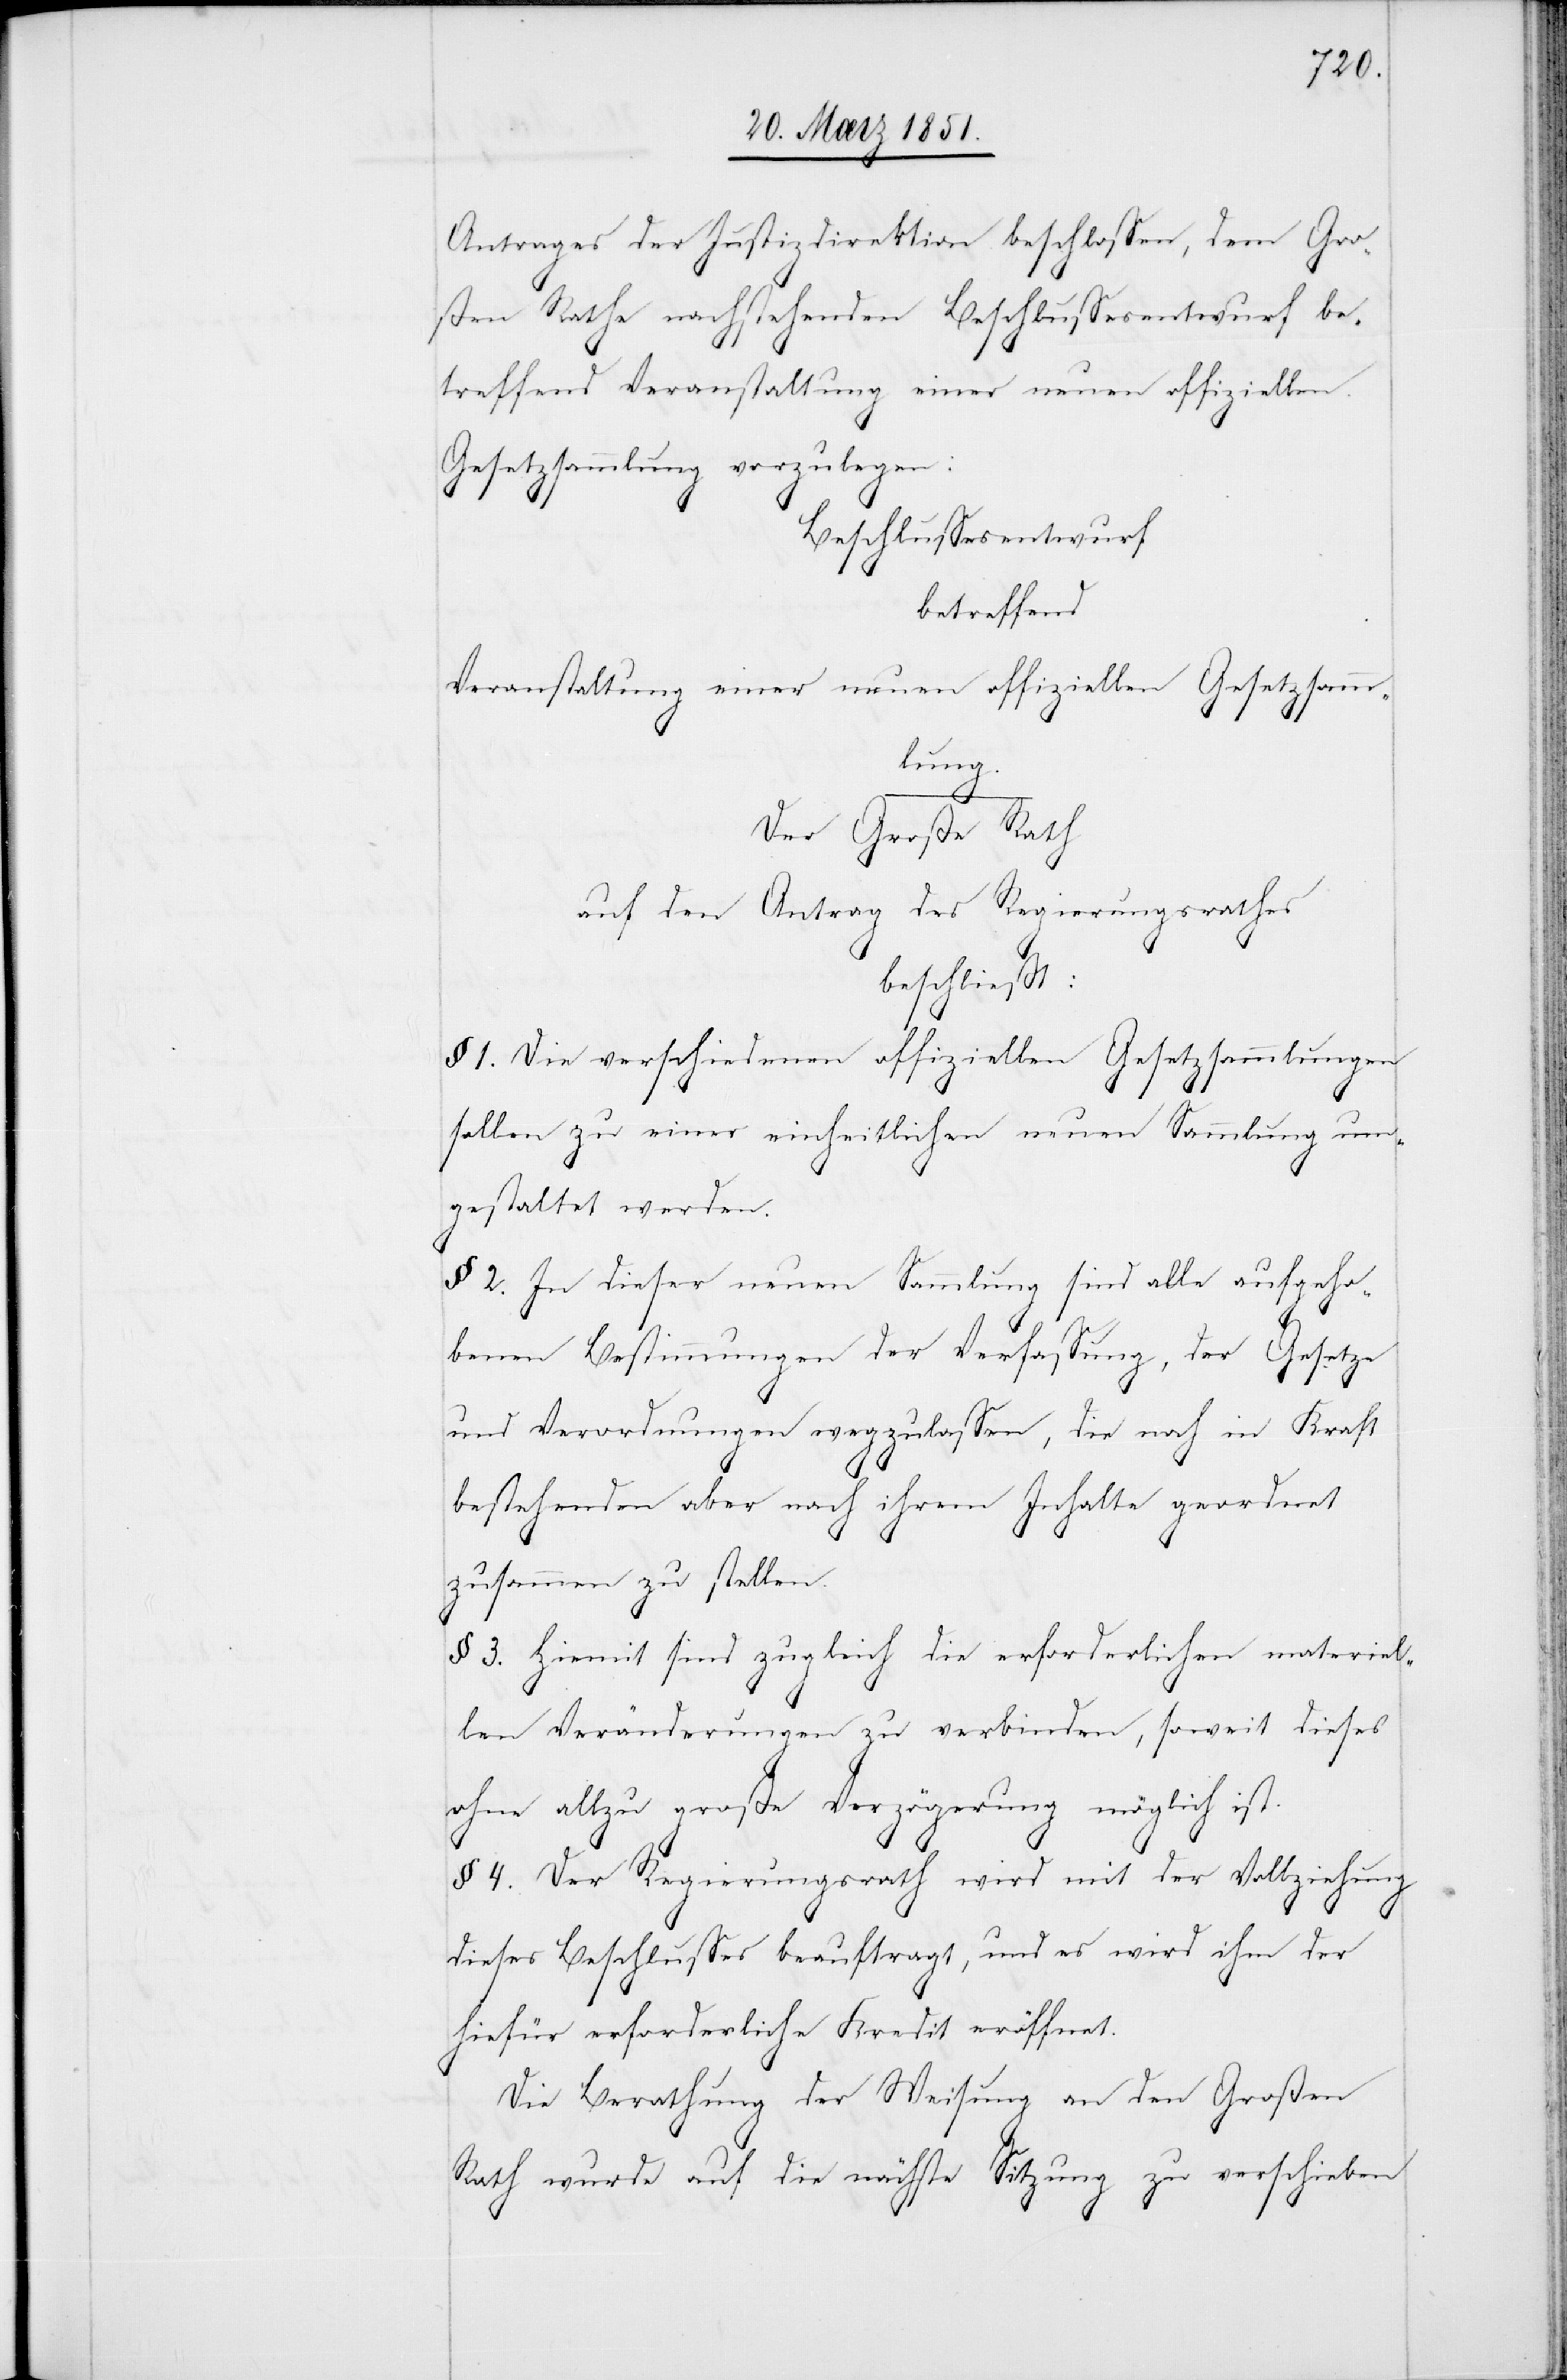
Antrages der Justizdirektion beschlossen, dem Gro¬
ßen Rathe nachstehenden Beschlussesentwurf be¬
treffend Veranstaltung einer neuen offiziellen
Gesetzsammlung vorzulegen:
Beschlussesentwurf
betreffend
Veranstaltung einer neuen offiziellen Gesetzsamm¬
lung.
Der Große Rath
auf den Antrag des Regierungsrathes
beschließt:
§ 1. Die verschiedenen offiziellen Gesetzsammlungen
sollen zu einer einheitlichen neuen Sammlung um¬
gestaltet werden.
§ 2. In dieser neuen Sammlung sind alle aufgeho¬
benen Bestimmungen der Verfassung, der Gesetze
und Verordnungen wegzulassen, die noch in Kraft
bestehenden aber nach ihrem Inhalte geordnet
zusammen zu stellen.
§ 3. Hiemit sind zugleich die erforderlichen materiel¬
len Veränderungen zu verbinden, soweit dieses
ohne allzu große Verzögerung möglich ist.
§ 4. Der Regierungsrath wird mit der Vollziehung
dieses Beschlusses beauftragt, und es wird ihm der
hiefür erforderliche Kredit eröffnet.
Die Berathung der Weisung an den Großen
Rath wurde auf die nächste Sitzung zu verschieben